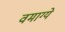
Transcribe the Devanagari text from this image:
वमाग्ये